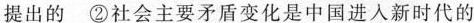
提出的 ②社会主要矛盾变化是中国进入新时代的